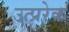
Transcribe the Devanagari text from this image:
उत्प्ररेक